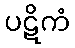
ပဋိကံ